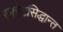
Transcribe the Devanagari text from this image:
स्फोटसिद्धान्त